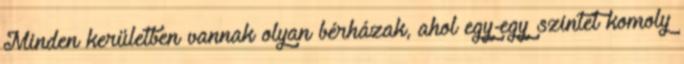
Minden kerületben vannak olyan bérházak, ahol egy-egy szintet komoly